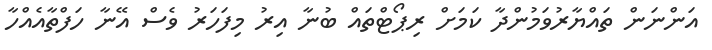
އަންނަން ތައްޔާރުވަމުންދާ ކަމަށް ރިޕޯޓްތައް ބުނާ އިރު މިފަހަރު ވެސް އޭނާ ހަފްތާއެއްހާ